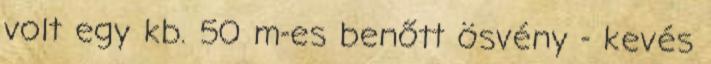
volt egy kb. 50 m-es benőtt ösvény - kevés